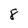
Character: 8